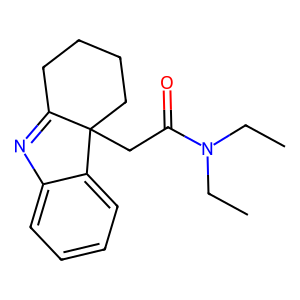
SMILES: CCN(CC)C(=O)CC12CCCCC1=Nc1ccccc12
Inhibits HIV replication: No